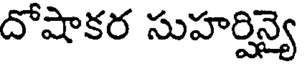
దోషాకర సుహర్షిన్యై